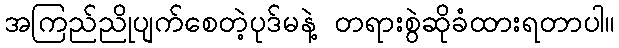
အကြည်ညိုပျက်စေတဲ့ပုဒ်မနဲ့ တရားစွဲဆိုခံထားရတာပါ။